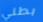
بطني